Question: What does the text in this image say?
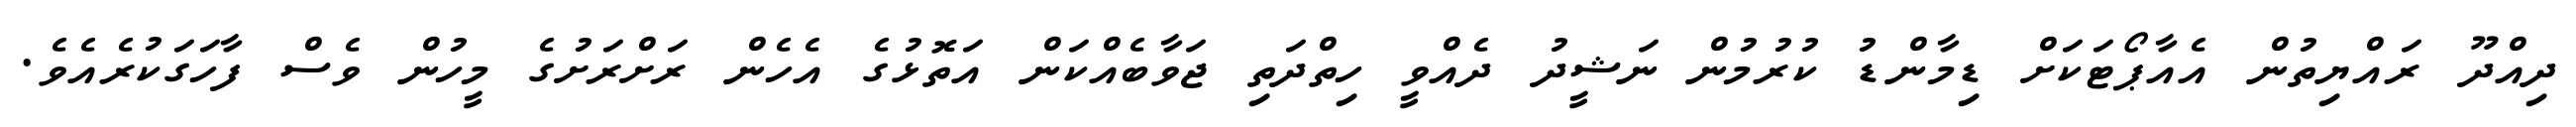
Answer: ދިއްދޫ ރައްޔިތުން އެއާޕޯޓަކަށް ޑިމާންޑު ކުރުމުން ނަޝީދު ދެއްވީ ހިތްދަތި ޖަވާބެއްކަން އަތޮޅުގެ އެހެން ރަށްރަށުގެ މީހުން ވެސް ފާހަގަކުރެއެވެ.